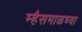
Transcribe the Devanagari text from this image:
म्हैसमाळच्या